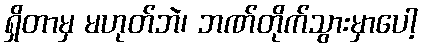
ရှိတာမှ မဟုတ်ဘဲ၊ ဘဏ်တိုက်သွားမှာပေါ့